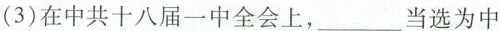
(3)在中共十八届一中全会上，___当选为中